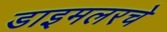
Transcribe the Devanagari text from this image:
डाइमलरचे